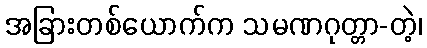
အခြားတစ်ယောက်က သမဏဂုတ္တာ-တဲ့၊